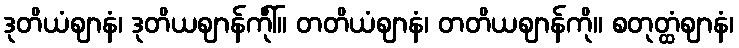
ဒုတိယံဈာနံ၊ ဒုတိယဈာန်ကိုါ်။ တတိယံဈာနံ၊ တတိယဈာန်ကို။ စတုတ္ထံဈာနံ၊